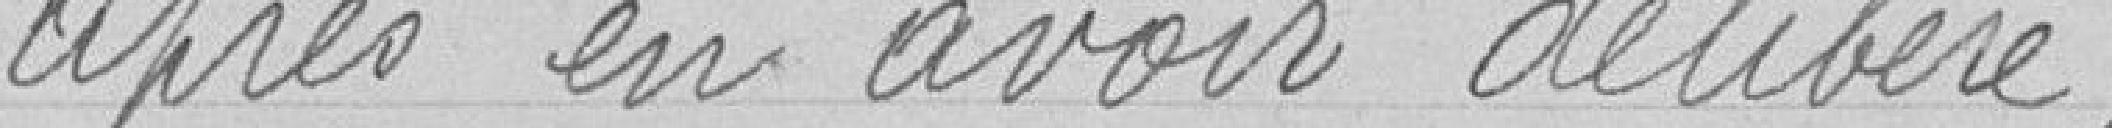
Après en avoir délibéré,